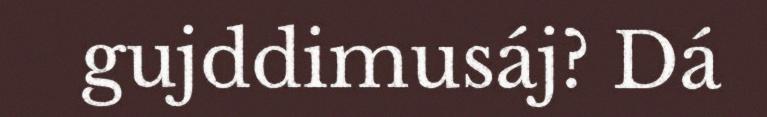
gujddimusáj? Dá